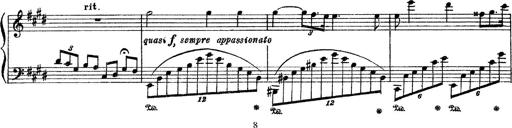
Title: 3 sonetti di Petrarca
Composer: Franz Liszt